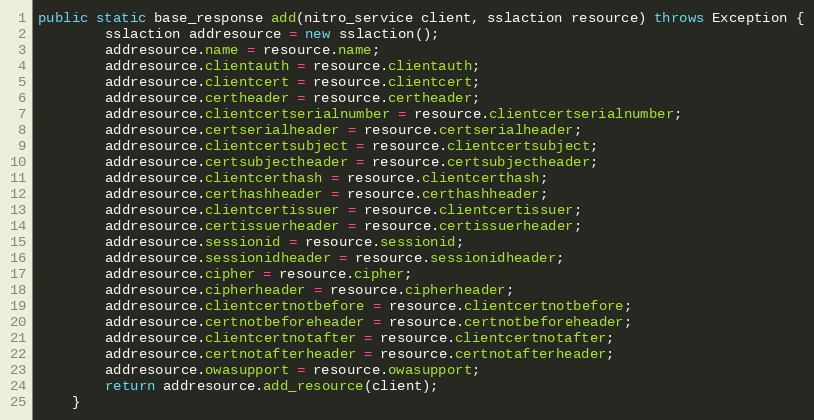
Language: Java
public static base_response add(nitro_service client, sslaction resource) throws Exception {
		sslaction addresource = new sslaction();
		addresource.name = resource.name;
		addresource.clientauth = resource.clientauth;
		addresource.clientcert = resource.clientcert;
		addresource.certheader = resource.certheader;
		addresource.clientcertserialnumber = resource.clientcertserialnumber;
		addresource.certserialheader = resource.certserialheader;
		addresource.clientcertsubject = resource.clientcertsubject;
		addresource.certsubjectheader = resource.certsubjectheader;
		addresource.clientcerthash = resource.clientcerthash;
		addresource.certhashheader = resource.certhashheader;
		addresource.clientcertissuer = resource.clientcertissuer;
		addresource.certissuerheader = resource.certissuerheader;
		addresource.sessionid = resource.sessionid;
		addresource.sessionidheader = resource.sessionidheader;
		addresource.cipher = resource.cipher;
		addresource.cipherheader = resource.cipherheader;
		addresource.clientcertnotbefore = resource.clientcertnotbefore;
		addresource.certnotbeforeheader = resource.certnotbeforeheader;
		addresource.clientcertnotafter = resource.clientcertnotafter;
		addresource.certnotafterheader = resource.certnotafterheader;
		addresource.owasupport = resource.owasupport;
		return addresource.add_resource(client);
	}